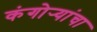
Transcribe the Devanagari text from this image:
कंगोर्‍यांचा